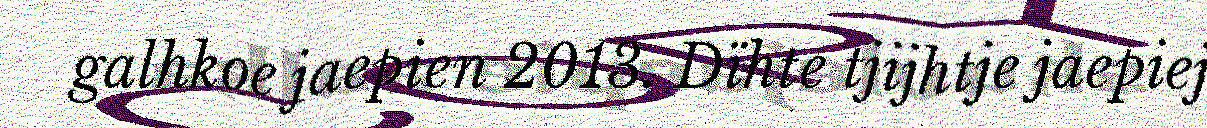
galhkoe jaepien 2013. Dïhte tjijhtje jaepiej